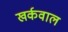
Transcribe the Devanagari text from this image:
खर्कवाल